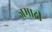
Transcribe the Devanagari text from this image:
जमादी